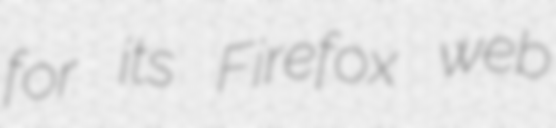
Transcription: for its Firefox web